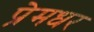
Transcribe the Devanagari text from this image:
प्रेमधर